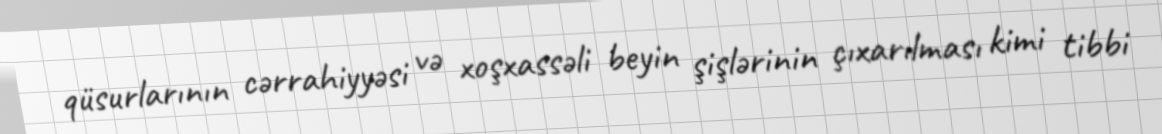
qüsurlarının cərrahiyyəsi və xoşxassəli beyin şişlərinin çıxarılması kimi tibbi